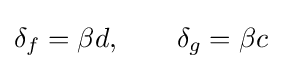
\delta _{f}=\beta d,\qquad \delta _{g}=\beta c